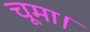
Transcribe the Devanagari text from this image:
चूमा।